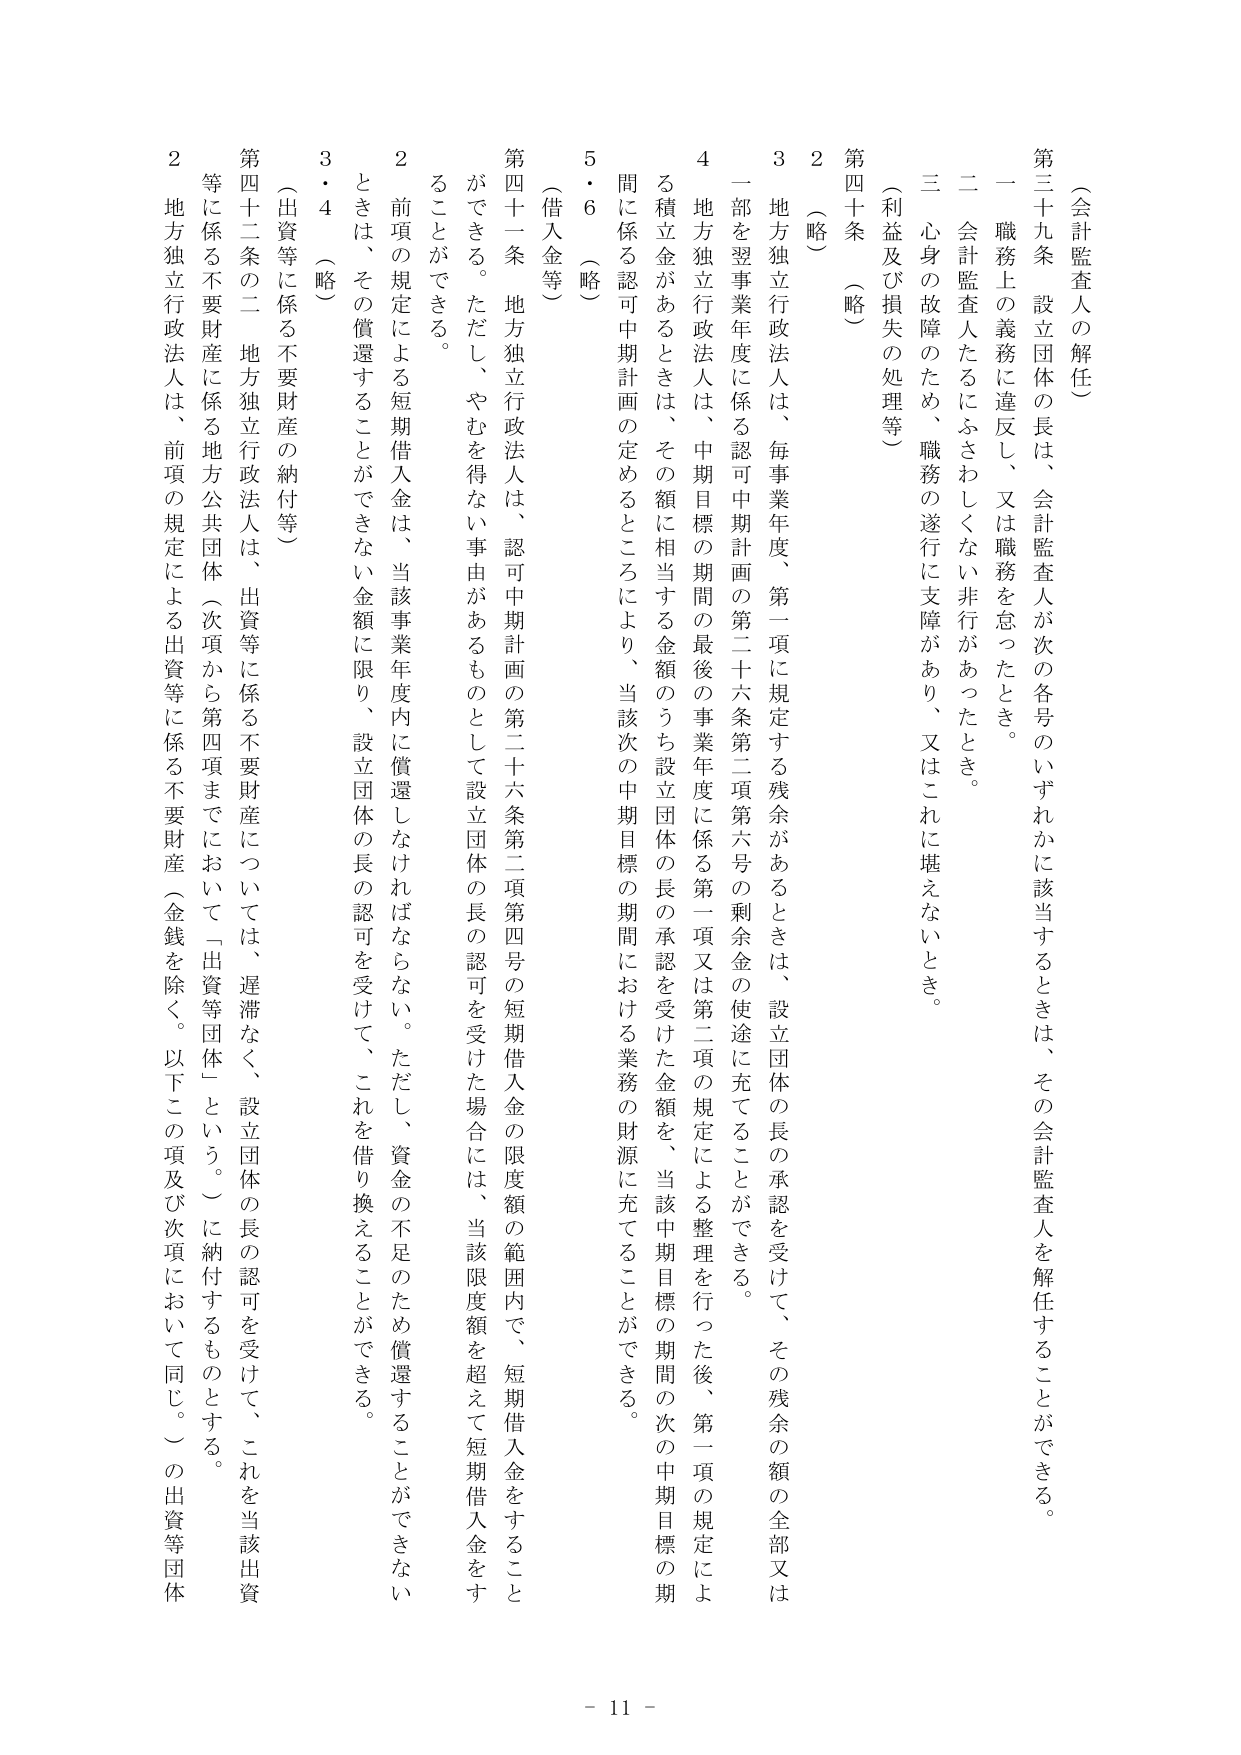
（会計監査人の解任）

第三十九条　設立団体の長は、会計監査人が次の各号のいずれかに該当するときは、その会計監査人を解任することができる。

一　職務上の義務に違反し、又は職務を怠ったとき。

二　会計監査人たるにふさわしくない非行があったとき。

三　心身の故障のため、職務の遂行に支障があり、又はこれに堪えないとき。

（利益及び損失の処理等）

第四十条　（略）

2　（略）

3　地方独立行政法人は、毎事業年度、第一項に規定する残余があるときは、設立団体の長の承認を受けて、その残余の額の全部又は一部を事業年度に係る認可中期計画の第二十六条第二項第六号の剰余金の使途に充てることができる。

4　地方独立行政法人は、中期目標の期間の最後の事業年度に係る第一項又は第二項の規定による整理を行った後、第一項の規定による積立金があるときは、その額に相当する金額のうち設立団体の長の承認を受けた金額を、当該中期目標の期間の次の中期目標の期間に係る認可中期計画の定めるところにより、当該次の中期目標の期間における業務の財源に充てることができる。

5・6　（略）

（借入金等）

第四十一条　地方独立行政法人は、認可中期計画の第二十六条第二項第四号の短期借入金の限度額の範囲内で、短期借入金をすることができる。ただし、やむを得ない事由があるものとして設立団体の長の認可を受けた場合には、当該限度額を超えて短期借入金をすることができる。

2　前項の規定による短期借入金は、当該事業年度内に償還しなければならない。ただし、資金の不足のため償還することができないときは、その償還することができない金額に限り、設立団体の長の認可を受けて、これを借り換えることができる。

3・4　（略）

（出資等に係る不要財産の納付等）

第四十二条の二　地方独立行政法人は、出資等に係る不要財産については、遅滞なく、設立団体の長の認可を受けて、これを当該出資等に係る不要財産に係る地方公共団体（次項から第四項までにおいて「出資等団体」という。）に納付するものとする。

2　地方独立行政法人は、前項の規定による出資等に係る不要財産（金銭を除く。以下この項及び次項において同じ。）の出資等団体

- 11 -